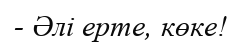
- Әлі ерте, көке!